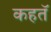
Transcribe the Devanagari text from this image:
कहतॅ